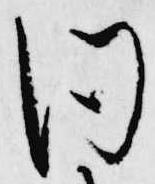
同